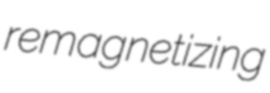
remagnetizing